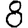
Digit: 8